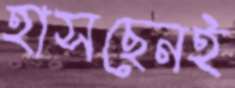
হাসছেনই